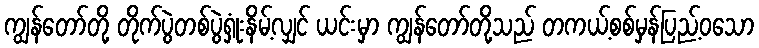
ကျွန်တော်တို့ တိုက်ပွဲတစ်ပွဲရှုံးနိမ့်လျှင် ယင်းမှာ ကျွန်တော်တို့သည် တကယ့်စစ်မှန်ပြည့်ဝသော